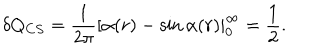
\delta Q _ { C S } = \frac { 1 } { 2 \pi } \left[ \alpha ( r ) - \sin \alpha ( r ) \right| _ { 0 } ^ { \infty } = \frac { 1 } { 2 } .